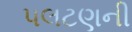
પલટણની